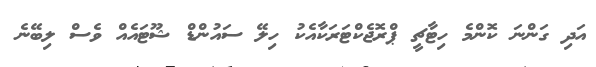
އަދި ގަންނަ ކޮންމެ ހިޓާޗީ ޕްރޮޖެކްޓަރަކާއެކު ހިލޭ ސައުންޑް ޝޫޓައެއް ވެސް ލިބޭނެ